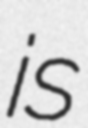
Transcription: is